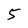
Character: 5